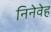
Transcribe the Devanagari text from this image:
निनेवेह